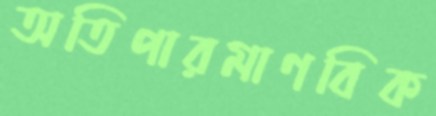
অতিপারমাণবিক